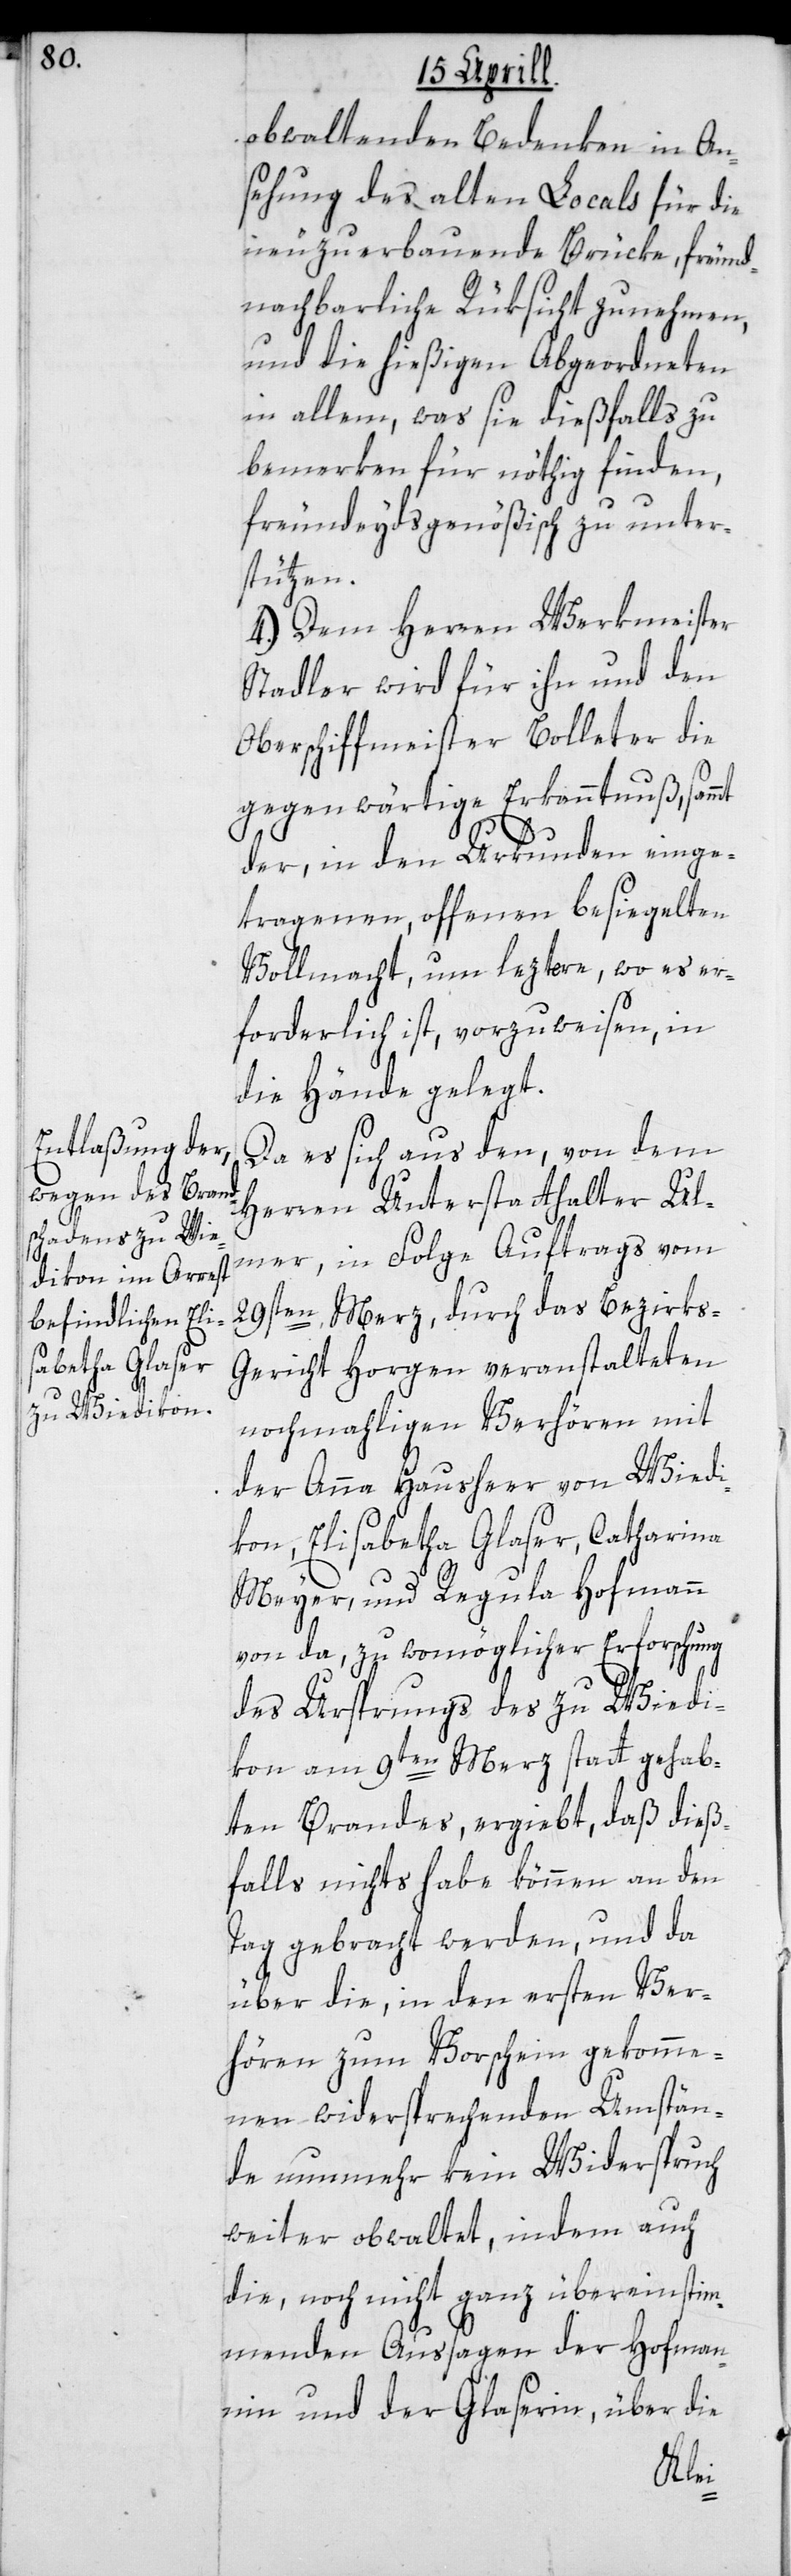
obwaltenden Bedenken in An¬
sehung des alten Locals für die
neu zu erbauende Brücke, freund¬
nachbarliche Rüksicht zu nehmen,
und die hießigen Abgeordneten
in allem, was sie dießfalls zu
bemerken für nöthig finden,
freundeydsgenößisch zu unter¬
stützen.
4.) Dem Herren Werkmeister
Stadler wird für ihn und den
Oberschiffmeister Bolleter die
gegenwärtige Erkanntnuß samt
der, in den Urkunden einge¬
tragenen offenen besiegelten
Vollmacht, um leztere, wo es er¬
forderlich ist, vorzuweisen, in
die Hände gelegt.
Da es sich aus den, von dem
Herren Unterstatthalter Ul¬
mer in Folge Auftrags vom
29sten Merz, durch das Bezirk¬
s-Gericht Horgen veranstalteten
nochmahligen Verhören mit
der Anna Hausheer von Wied¬
ikon, Elisabetha Glaser, Catharina
Meyer, und Regula Hofmann
von da, zu womöglicher Erforschung
des Ursprungs des zu Wied¬
ikon am 9ten Merz stattgehab¬
ten Brandes ergiebt, daß dieß¬
falls nichts habe können an den
Tag gebracht werden, und da
über die, in den ersten Ver¬
hören zum Vorschein gekomme¬
nen widersprechenden Umstän¬
de nunmehr kein Widerspruch
weiter obwaltet, indem auch
die, noch nicht ganz übereinstim¬
menden Aussagen der Hofman¬
nin und der Glaserin, über die